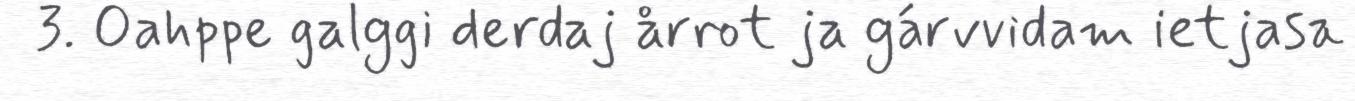
3. Oahppe galggi derdaj årrot ja gárvvidam ietjasa